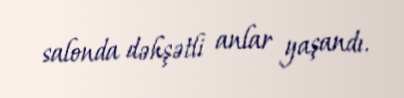
salonda dəhşətli anlar yaşandı.